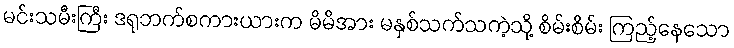
မင်းသမီးကြီး ဒရုဘက်စကားယားက မိမိအား မနှစ်သက်သကဲ့သို့ စိမ်းစိမ်း ကြည့်နေသော